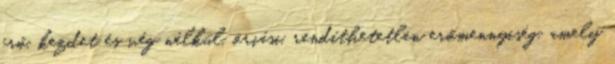
erő, kezdet és vég nélkül, óriási, rendíthetetlen erőmennyiség, amely